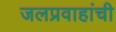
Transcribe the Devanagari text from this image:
जलप्रवाहांची